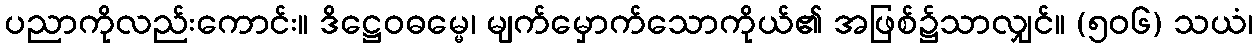
ပညာကိုလည်းကောင်း။ ဒိဋ္ဌေဝဓမ္မေ၊ မျက်မှောက်သောကိုယ်၏ အဖြစ်၌သာလျှင်။ (၅၀၆) သယံ၊